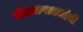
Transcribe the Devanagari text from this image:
खेड्यापाड्यांचे